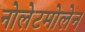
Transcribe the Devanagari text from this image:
नोलेटमोलेन